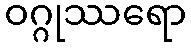
ဝဂ္ဂုဿရော